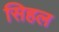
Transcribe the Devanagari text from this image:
सिहल